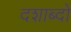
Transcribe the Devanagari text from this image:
दशाब्दों